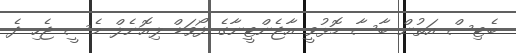
ބެޓިސް އަތުން ބާސާ މޮޅުވީ އާޖެންޓީނާގެ ފޯވަޑް ލިއޮނެލް މެސީ ޖެހި ދެ